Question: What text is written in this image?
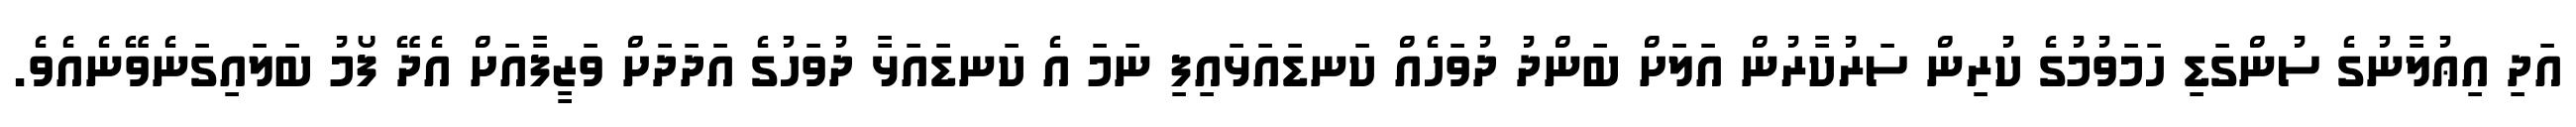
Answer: އަދި އިޢުލާނުގެ ސުންގަޑި ހަމަވުމުގެ ކުރިން ސަރުކާރުން އަލަށް ބަންދު ދުވަހެއް ކަނޑައަޅައިފި ނަމަ އެ ކަނޑައަޅާ ދުވަހުގެ އަދަދަށް ވަޒީފާއަށް އެދޭ ފޯމު ބަލައިގަނެވޭނެއެވެ.